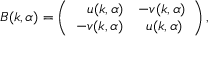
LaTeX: { \cal B } ( k , \alpha ) = \left( \begin{array} { c c } { { \, \, \, \, \, u ( k , \alpha ) } } & { { - v ( k , \alpha ) } } \\ { { - v ( k , \alpha ) } } & { { \, \, u ( k , \alpha ) } } \end{array} \right) ,